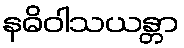
နဓိဝါသယန္တာ